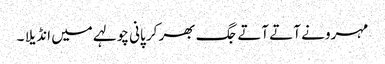
مہرو نے آتے آتے جگ بھر کر پانی چولہے میں انڈیلا ۔